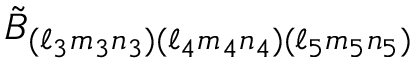
\tilde { B } _ { ( \ell _ { 3 } m _ { 3 } n _ { 3 } ) ( \ell _ { 4 } m _ { 4 } n _ { 4 } ) ( \ell _ { 5 } m _ { 5 } n _ { 5 } ) }